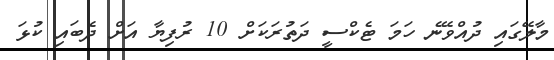
މާލޭގައި ދުއްވޭނެ ހަމަ ޓެކްސީ ދަތުރަކަށް 10 ރުފިޔާ އަށް ދެބައި ކުޅަ